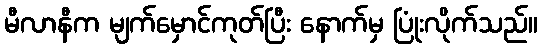
မီလာနီက မျက်မှောင်ကုတ်ပြီး နောက်မှ ပြုံးလိုက်သည်။